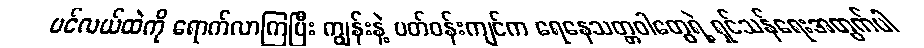
ပင်လယ်ထဲကို ရောက်လာကြပြီး ကျွန်းနဲ့ ပတ်ဝန်းကျင်က ရေနေသတ္တဝါတွေရဲ့ ရှင်သန်ရေးအတွက်ပါ